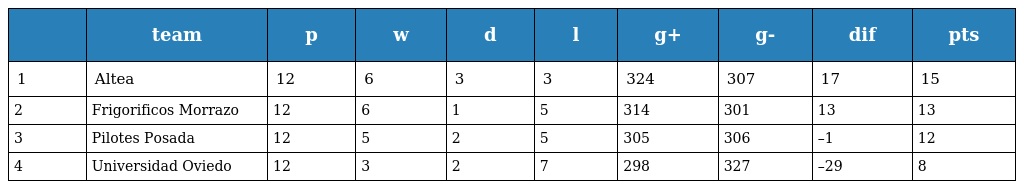
|  | team | p | w | d | l | g+ | g- | dif | pts |
 | --- | --- | --- | --- | --- | --- | --- | --- | --- | --- |
 | 1 | Altea | 12 | 6 | 3 | 3 | 324 | 307 | 17 | 15 |
 | 2 | Frigorificos Morrazo | 12 | 6 | 1 | 5 | 314 | 301 | 13 | 13 |
 | 3 | Pilotes Posada | 12 | 5 | 2 | 5 | 305 | 306 | –1 | 12 |
 | 4 | Universidad Oviedo | 12 | 3 | 2 | 7 | 298 | 327 | –29 | 8 |